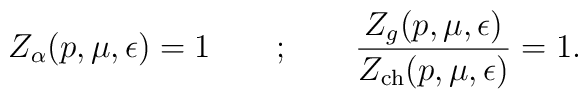
Z_\alpha(p,\mu,\epsilon) = 1 \qquad ; \qquad\frac{Z_g(p,\mu,\epsilon)}{Z_{\rm ch}(p,\mu,\epsilon)} = 1.